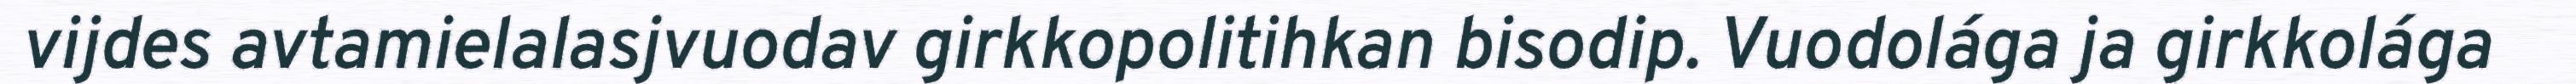
vijdes avtamielalasjvuodav girkkopolitihkan bisodip. Vuodolága ja girkkolága